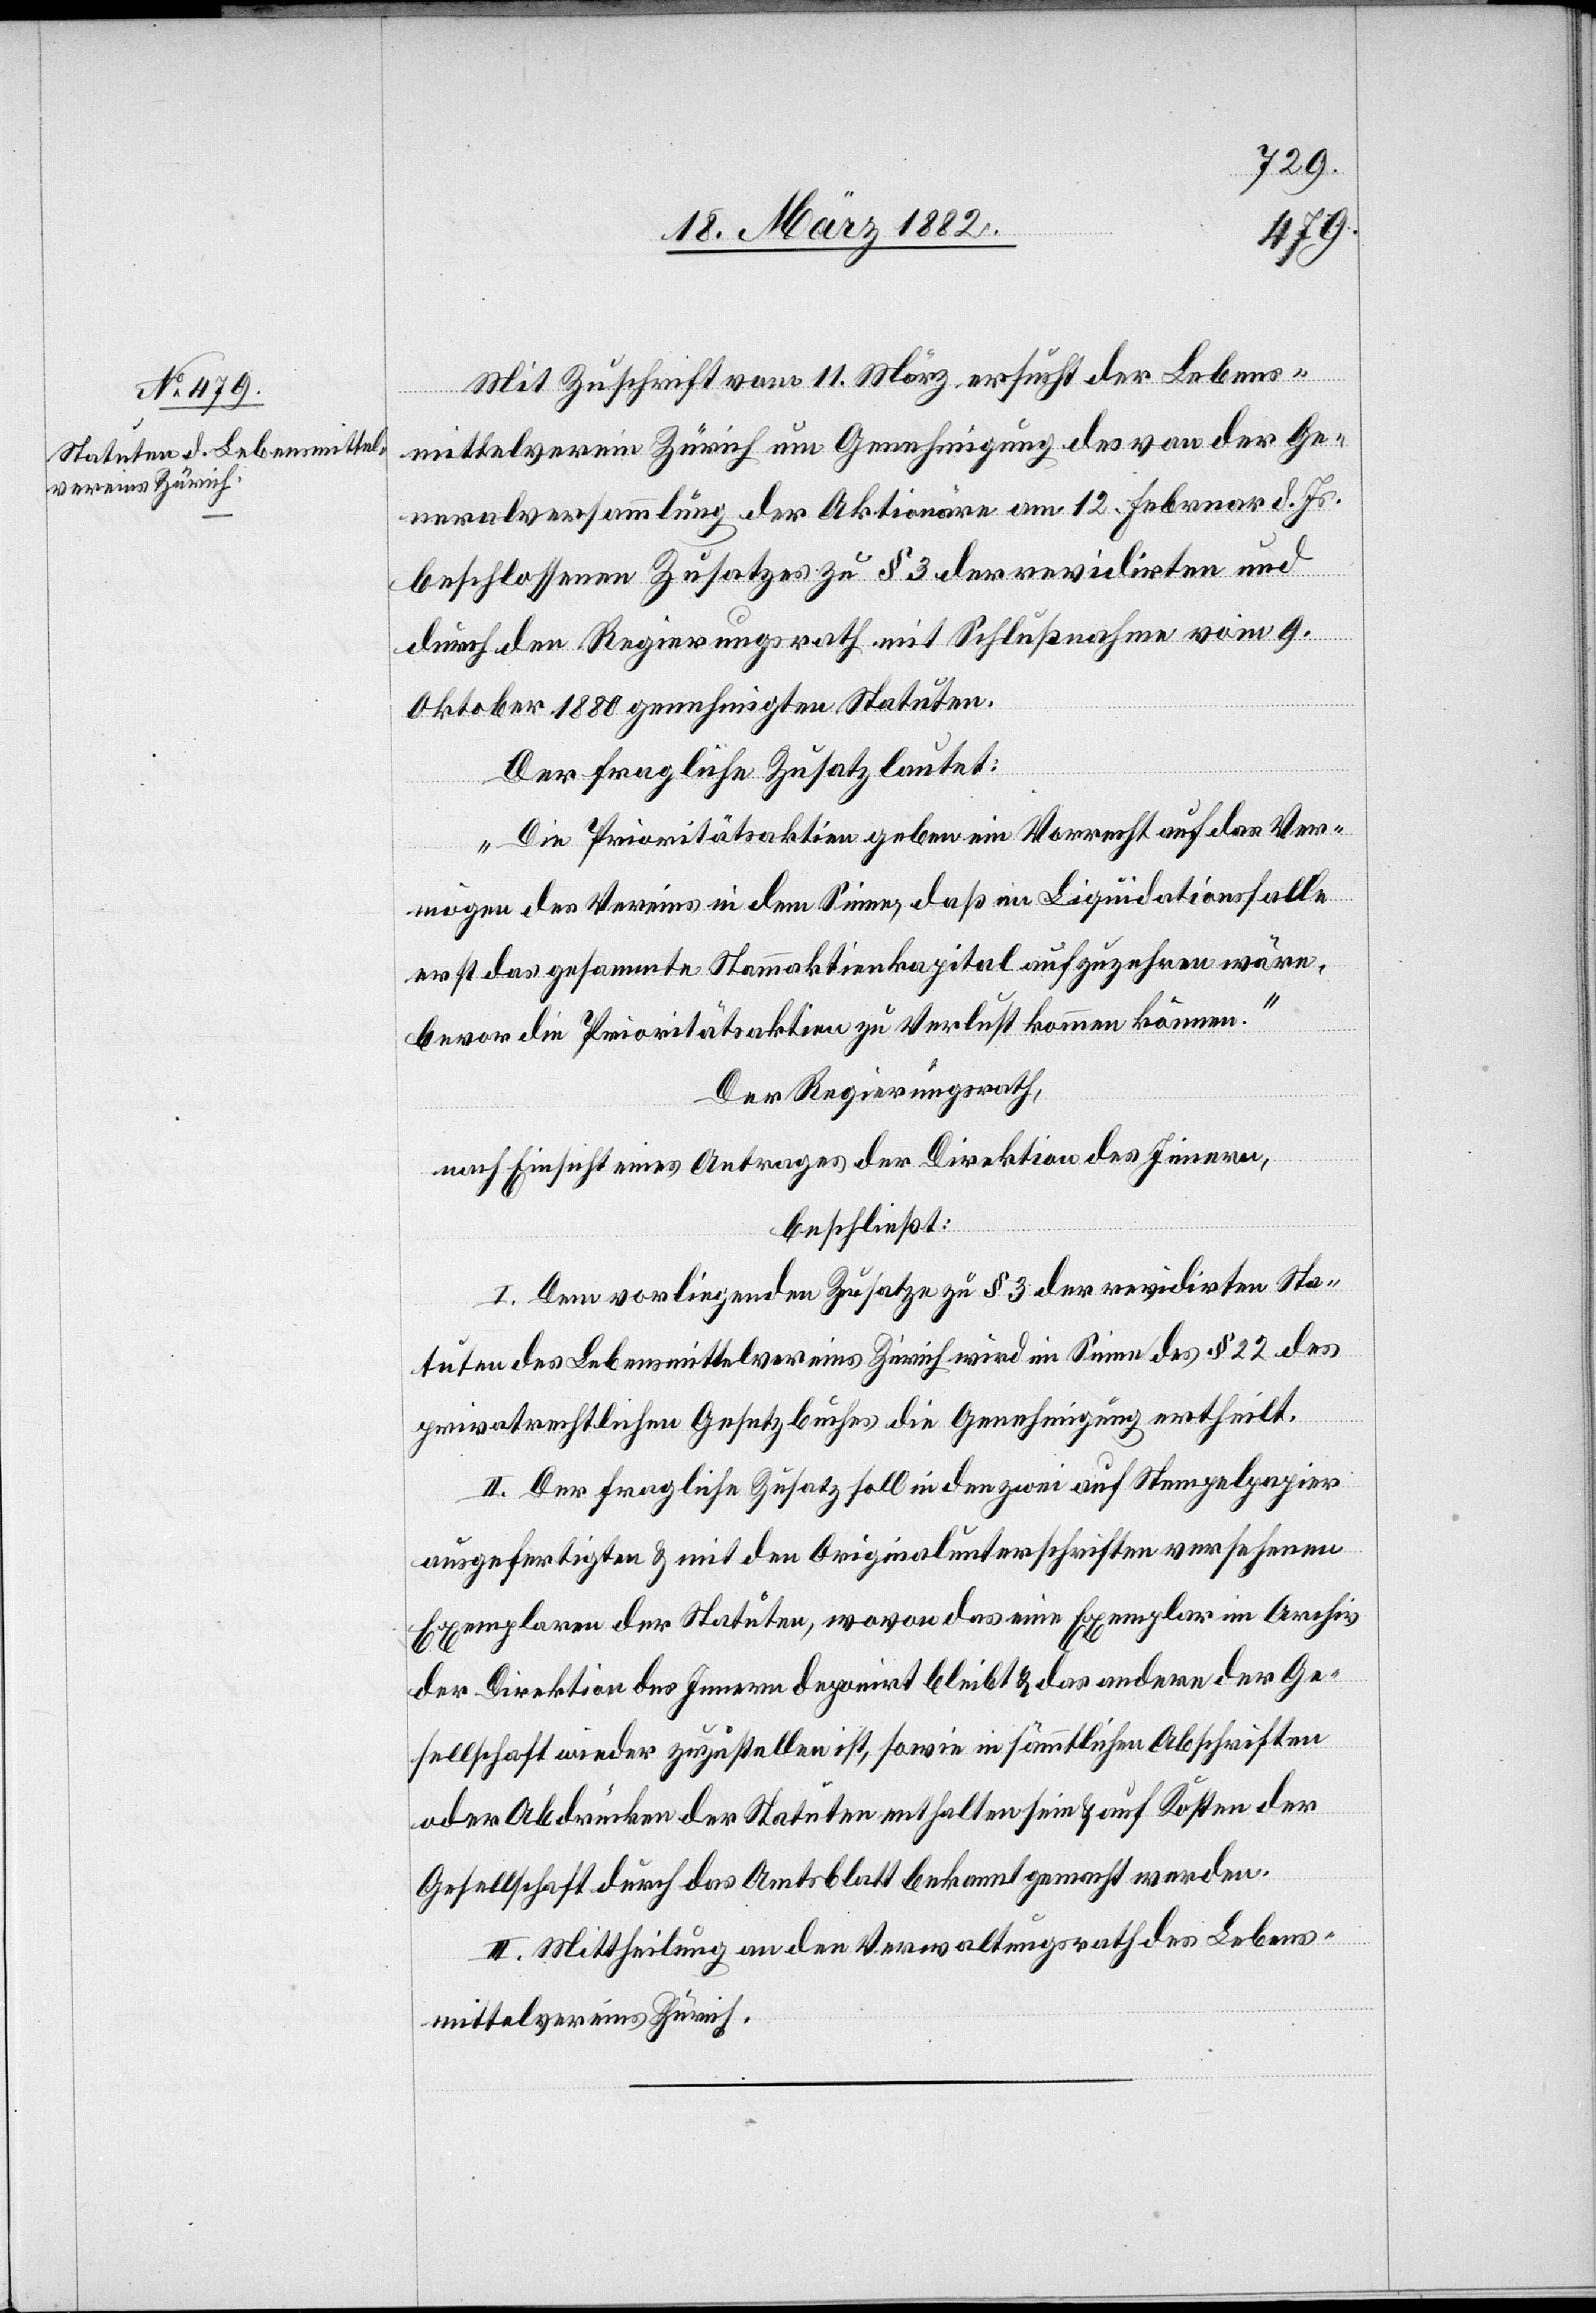
Mit Zuschrift vom 11. März ersucht der Lebens¬
mittelverein Zürich um Genehmigung des an der Ge¬
neralversammlung der Aktionäre am 12. Februar d. Js.
beschlossenen Zusatzes zu § 3 der revidirten und
durch den Regierungsrath mit Schlußnahme vom 9.
Oktober 1880 genehmigten Statuten.
Der fragliche Zusatz lautet:
„Die Prioritätsaktien geben ein Vorrecht auf das Ver¬
mögen des Vereins in dem Sinne, daß im Liquiditätsfalle
erst das gesammte Stammaktienkapital aufzuzehren wäre,
bevor die Prioritätsaktien zu Verlust kommen können.“
Der Regierungsrath,
nach Einsicht eines Antrages der Direktion des Innern,
beschließt:
I. Dem vorliegenden Zusatze zu § 3 der revidirten Sta¬
tuten des Lebensmittelvereins Zürich wird im Sinne des § 22 des
privatrechtlichen Gesetzbuches die Genehmigung ertheilt.
II. Der fragliche Zusatz soll in den zwei auf Stempelpapier
ausgefertigten & mit den Originalunterschriften versehenen
Exemplaren der Statuten, wovon das eine Exemplar im Archiv
der Direktion des Innern deponirt bleibt & das andere der Ge¬
sellschaft wieder zuzustellen ist, sowie in sämmtlichen Abschriften
oder Abdrücken der Statuten enthalten sein & auf Kosten der
Gesellschaft durch das Amtsblatt bekannt gemacht werden.
III. Mittheilung an den Verwaltungsrath des Lebens¬
mittelvereins Zürich.